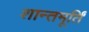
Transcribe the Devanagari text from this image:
शान्तमूर्तिं